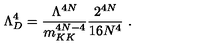
\Lambda _ { D } ^ { 4 } = \frac { \Lambda ^ { 4 N } } { m _ { K K } ^ { 4 N - 4 } } \frac { 2 ^ { 4 N } } { 1 6 N ^ { 4 } } \ .